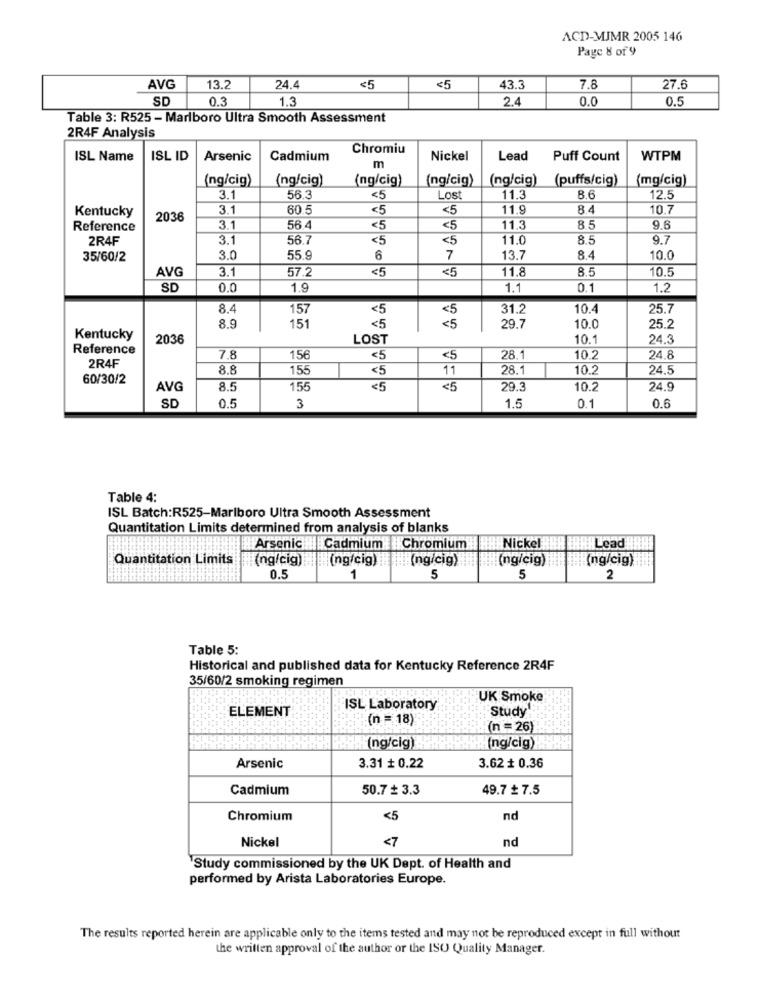
ACD-MJMR 2005 146
Page & of 9
7.8
AVG
13.2
24.4
<5
<5
43.3
27.6
SD
0.3
1.3
2.4
0.0
0.5
Table 3: R525 - Marlboro Ultra Smooth Assessment
2R4F Analysis
Chromiu
ISL Name
ISL ID
Arsenic
Cadmium
Nickel
Lead
Puff Count
WTPM
m
(ng/cig)
(ng/cig)
(ng/cig)
(ng/cig)
(ng/cig) (puffs/cig)
(mg/cig)
3.1
56.3
<5
Lost
11.3
8.6
12.5
Kentucky
3.1
60.5
<5
<5
11.9
8.4
10.7
2036
Reference
3.1
56.4
<5
<5
1.3
8.5
9.6
2R4F
3.1
56.7
<5
<5
11.0
8.5
9.7
35/60/2
3.0
55.9
6
7
13.7
8.4
10.0
AVG
57.2
<5
1.8
8.5
10.5
3.1
<5
SD
0.0
1.9
1.1
0.1
1.2
8.4
157
<5
31.2
10.4
25.7
8.9
151
< 5
29.7
10.0
25.2
Kentucky
2036
LOST
10.
24.3
Reference
7.8
156
<5
<5
28.1
10.2
24.8
2R4F
8.8
155
<5
11
28.1
10.2
24.5
60/30/2
AVG
8.5
155
<5
<5
29.3
10.2
24.9
SD
0.5
0.1
0.6
3
1.5
Table 4:
ISL Batch:R525-Marlboro Ultra Smooth Assessment
Quantitation Limits determined from analysis of blanks
Arsenic #| Cadmium Chromium
Nickel
HHLead
Quantitation Limits
(ng/cig) (ng/cig) (ng/cig)
: (ng/cig)
(ng/cig)
0.5
1
5
5
2
Table 5:
Historical and published data for Kentucky Reference 2R4F
35/60/2 smoking regimen
UK Smoke
ELEMENT
ISL Laboratory
Study !:
(n = 18)
(n = 26)
(ng/cig)
(ng/cig)
Arsenic
3.31 + 0.22
3.62 + 0.36
Cadmium
50.7 + 3.3
49.7 £ 7.5
Chromium
<5
nd
<7
nd
Nickel
'Study commissioned by the UK Dept. of Health and
performed by Arista Laboratories Europe.
The results reported herein are applicable only to the items tested and may not be reproduced except in full without
the written approval of the author or the ISO Quality Manager.